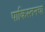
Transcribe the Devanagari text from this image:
पाकिस्तनचा